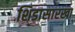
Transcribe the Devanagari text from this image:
शिडासारखा